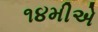
૧૪મીએ